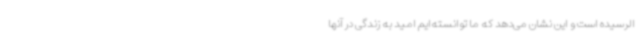
الرسیده است و این نشان می‌دهد که ما توانسته‌ایم امید به زندگی در آنها